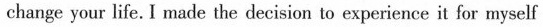
change your life. I made the decisior to experience it fov myself